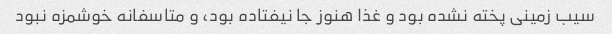
سیب زمینی پخته نشده بود و غذا هنوز جا نیفتاده بود، و متاسفانه خوشمزه نبود